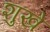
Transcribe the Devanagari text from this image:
शुखे